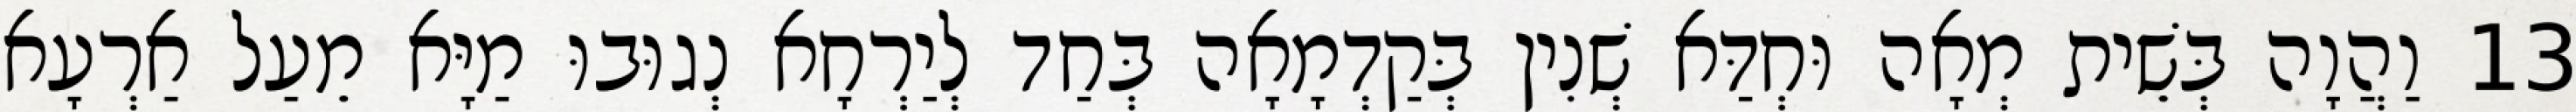
13 וַהֲוָה בְּשֵׁית מְאָה וּחְדַּא שְׁנִין בְּקַדְמָאָה בְּחַד לְיַרְחָא נְגוּבוּ מַיָּא מֵעַל אַרְעָא